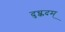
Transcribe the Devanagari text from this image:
दुच्कदम्